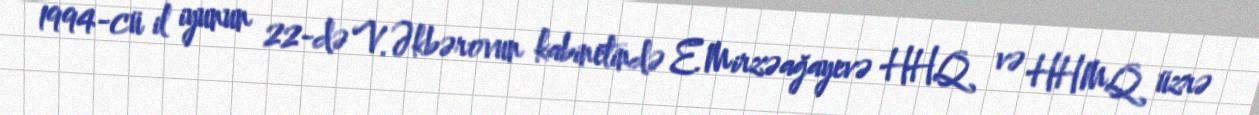
1994-cü il iyunun 22-də V.Əkbərovun kabinetində E.Mirzəağayevə HHQ və HHMQ üzrə